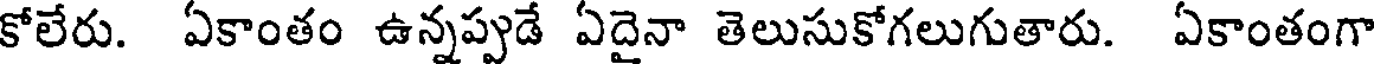
కోలేరు. ఏకాంతం ఉన్నప్పుడే ఏదైనా తెలుసుకోగలుగుతారు. ఏకాంతంగా